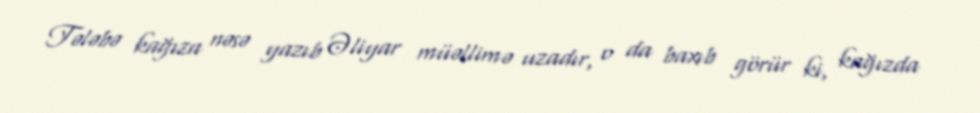
Tələbə kağıza nəsə yazıb Əliyar müəllimə uzadır, o da baxıb görür ki, kağızda